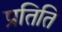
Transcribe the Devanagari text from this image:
प्रतिति